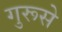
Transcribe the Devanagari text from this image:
गुरूसे